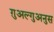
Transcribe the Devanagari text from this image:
ग़ुअल्गुअनुस